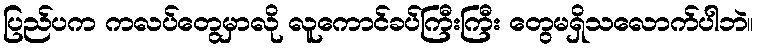
ပြည်ပက ကလပ်တွေမှာလို လူကောင်ခပ်ကြီးကြီး တွေမရှိသလောက်ပါဘဲ။